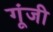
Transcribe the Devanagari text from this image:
गूंजी